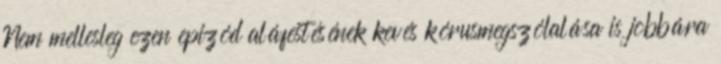
Nem mellesleg ezen epizód aláfestésének kevés kórusmegszólalása is jobbára